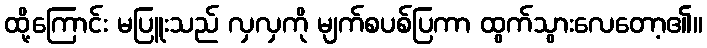
ထို့ကြောင်း မပြူးသည် လှလှကို မျက်စပစ်ပြကာ ထွက်သွားလေတော့၏။